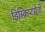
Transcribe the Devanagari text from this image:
डिस्क्रिप्टर्सची